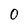
Character: 0